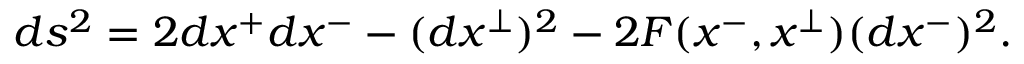
d s ^ { 2 } = 2 d x ^ { + } d x ^ { - } - ( d x ^ { \perp } ) ^ { 2 } - 2 F ( x ^ { - } , x ^ { \perp } ) ( d x ^ { - } ) ^ { 2 } .